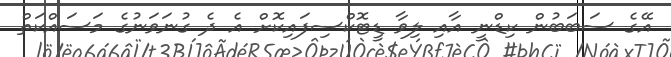
އޭގެ ސަބަބުން ކިޑްނީ އާއި ލިވާ ޑީޓޮކްސިފައިކޮށް އެ ދެ ގުނަވަނުގެ މަސައްކަތް